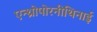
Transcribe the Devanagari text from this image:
एन्थ्रोपोरनीथिनाई